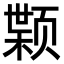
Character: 𫖷